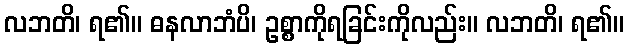
လဘတိ၊ ရ၏။ ဓနလာဘံပိ၊ ဥစ္စာကိုရခြင်းကိုလည်း။ လဘတိ၊ ရ၏။